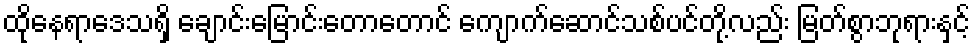
ထိုနေရာဒေသရှိ ချောင်းမြောင်းတောတောင် ကျောက်ဆောင်သစ်ပင်တို့လည်း မြတ်စွာဘုရားနှင့်